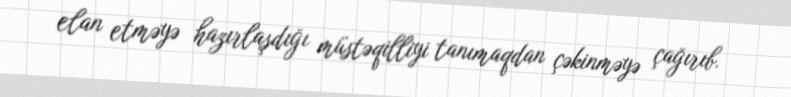
elan etməyə hazırlaşdığı müstəqilliyi tanımaqdan çəkinməyə çağırıb.